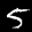
Label: 5